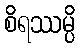
စိရဿမ္ပိ